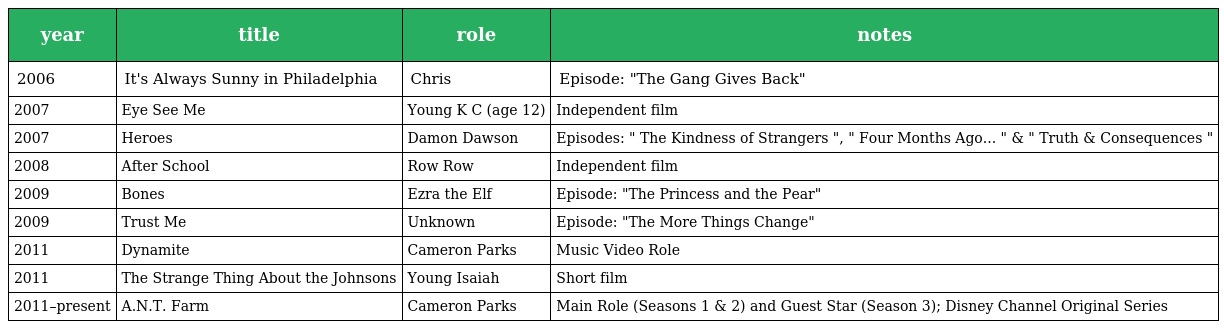
| year | title | role | notes |
 | --- | --- | --- | --- |
 | 2006 | It's Always Sunny in Philadelphia | Chris | Episode: "The Gang Gives Back" |
 | 2007 | Eye See Me | Young K C (age 12) | Independent film |
 | 2007 | Heroes | Damon Dawson | Episodes: " The Kindness of Strangers ", " Four Months Ago... " & " Truth & Consequences " |
 | 2008 | After School | Row Row | Independent film |
 | 2009 | Bones | Ezra the Elf | Episode: "The Princess and the Pear" |
 | 2009 | Trust Me | Unknown | Episode: "The More Things Change" |
 | 2011 | Dynamite | Cameron Parks | Music Video Role |
 | 2011 | The Strange Thing About the Johnsons | Young Isaiah | Short film |
 | 2011–present | A.N.T. Farm | Cameron Parks | Main Role (Seasons 1 & 2) and Guest Star (Season 3); Disney Channel Original Series |